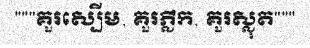
"""គួរស្បើម, គួរភ្លឹក, គួរស្លុត"""